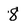
Character: 8